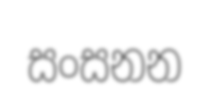
සංසනන